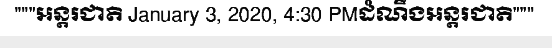
"""អន្តរជាតិ January 3, 2020, 4:30 PMដំណឹងអន្តរជាតិ"""